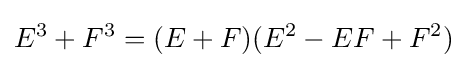
E^{3}+F^{3}=(E+F)(E^{2}-EF+F^{2})